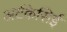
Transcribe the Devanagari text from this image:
अर्टकेसिई